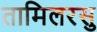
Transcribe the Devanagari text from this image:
तामिलरसु